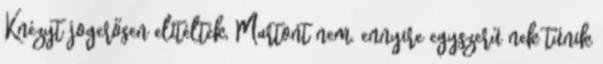
Knézyt jogerősen elítélték, Martont nem. ennyire egyszerű nek tűnik